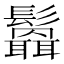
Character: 𩯻